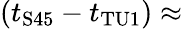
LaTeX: (t_{\mathrm{S45}}-t_{\mathrm{TU1}})\approx